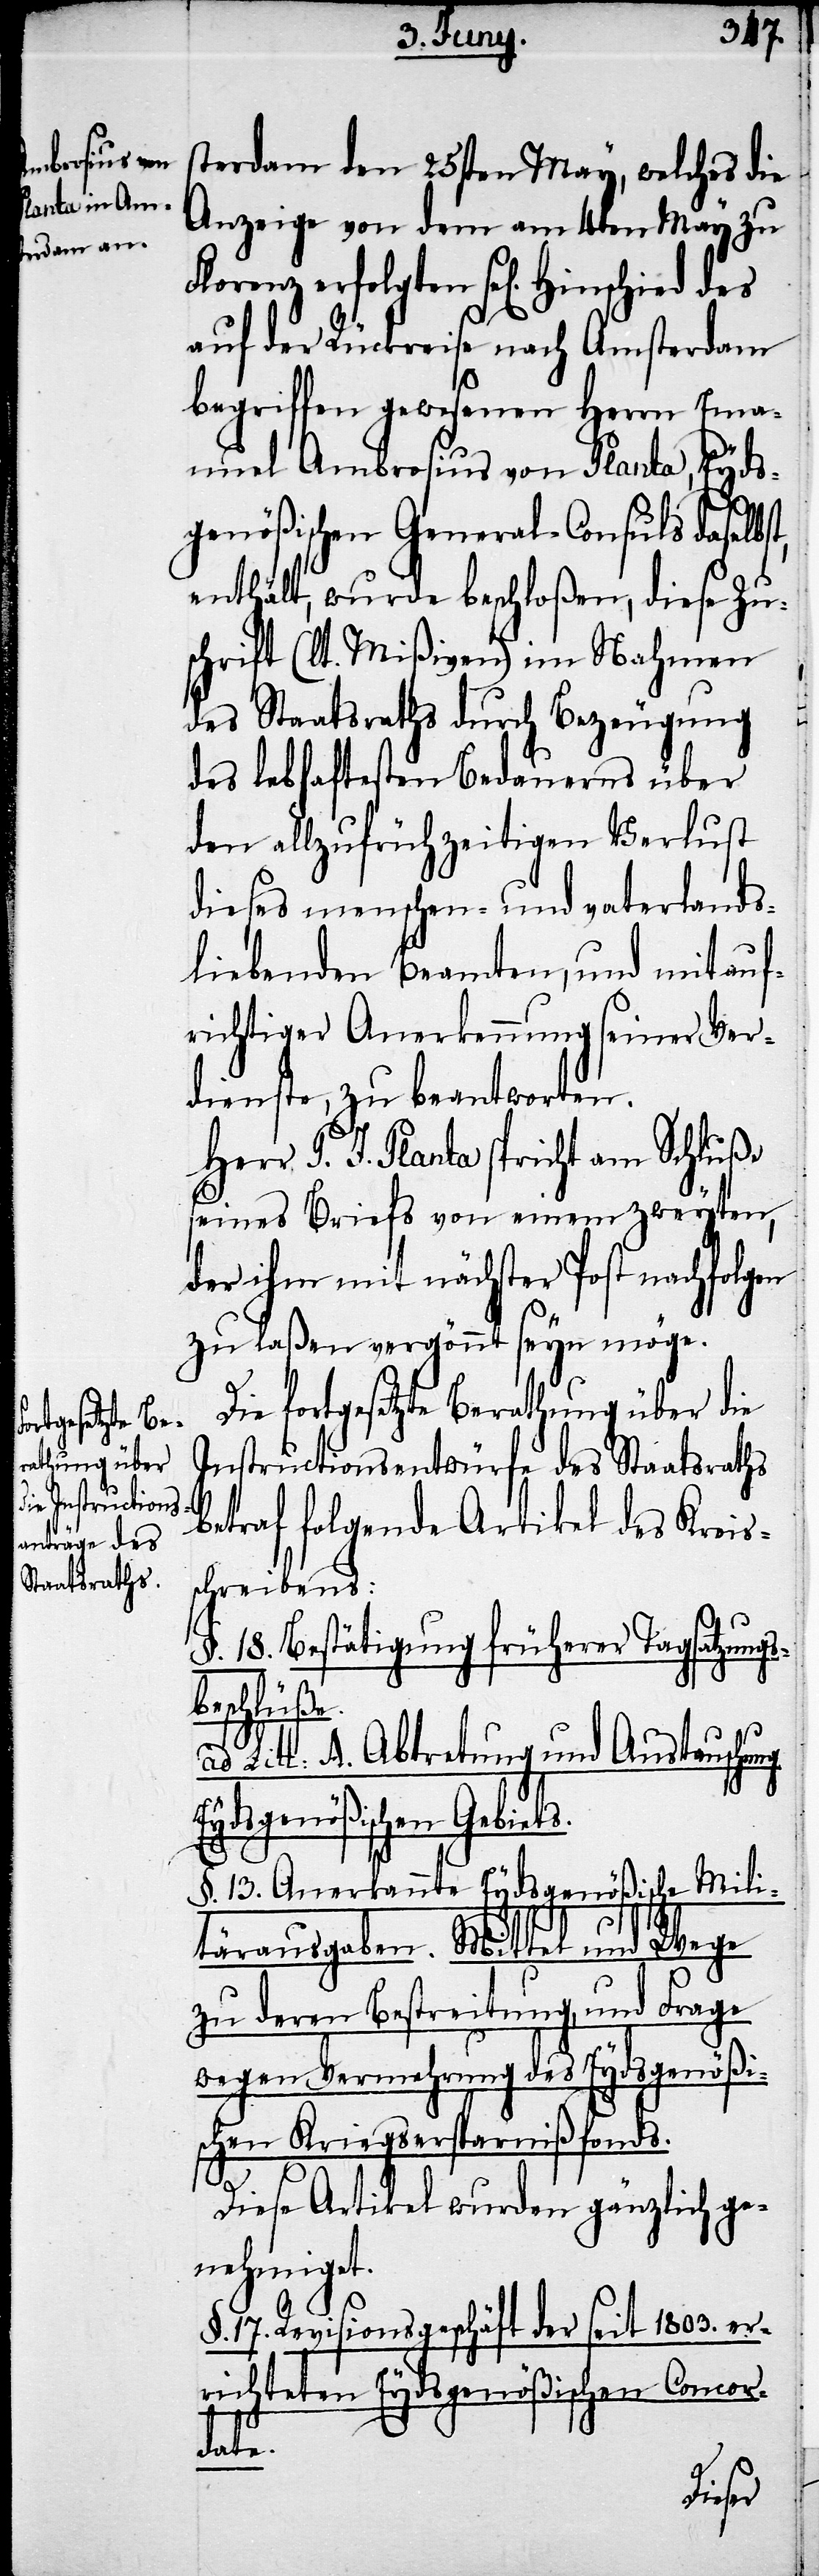
erfolgten

sterdam den 25sten May, welches die
Anzeige von dem am 4ten May zu
auf der Rückreise nach Amsterdam
begriffen gewesenen Herrn Ema¬
nuel Ambrosius von Planta, Eyds¬
genößischen General-Consuls daselbst,
enthält, wurde beschloßen, diese Zu¬
schrift (lt. Mißiven) im Nahmen
des Staatraths durch Bezeugung
des lebhaftesten Bedauerns über
den allzufrühzeitigen Verlust
dieses menschen- und vaterlands¬
liebenden Beamten, und mit auf¬
richtiger Anerkennung seiner Ver¬
dienste, zu beantworten.
Herr P. J. Planta spricht am Schluße
seines Briefs von einem zweytem,
der ihm mit nächster Post nachfolgen
zu laßen vergönnt seyn möge.
fortgesetzte Berathung über die
Instructionsentwürfe des Staatsraths
betraf folgende Artikel des Kreis¬
schreibens:
§. 18. Bestätigung früherer Tagsatzungs¬
beschlüße.
Litt: A. Abtretung und Austauschung
Eydsgenößischen Gebiets.
§. 13. Anerkannte Eydsgenößische Mili¬
tärausgaben. Mittel und Wege
zu deren Bestreitung, und Frage
wegen Vermehrung des Eydsgenößi¬
schen Kriegsersparnißfonds.
Diese Artikel wurden gänzlich ge¬
nehmiget.
§. 17. Revisionsgeschäft der seit 1803. er¬
richteten Eydsgenößischen Concor¬
date.
Die